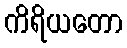
ကိရိယတော